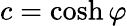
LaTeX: c=\cosh\varphi